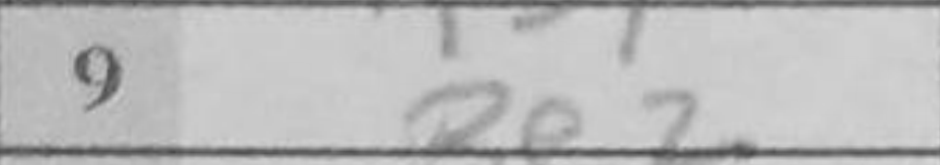
Transcription: Be2